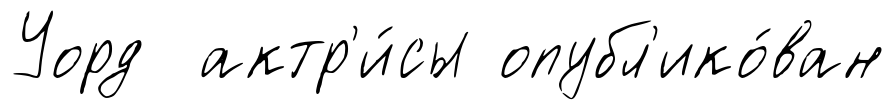
Уорд актр'и́сы опубл'ико́ван